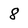
Character: 8